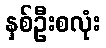
နှစ်ဦးစလုံး